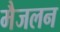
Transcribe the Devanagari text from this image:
मैजलन